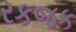
રકજક